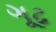
ગૂઢ